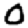
Digit: 0